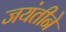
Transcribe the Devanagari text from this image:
जयंतीने